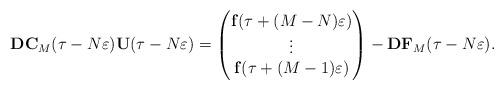
LaTeX: \begin{align*}\mathbf{D}\mathbf{C}_M(\tau-N\varepsilon)\mathbf{U}(\tau-N\varepsilon)=\begin{pmatrix}\mathbf{f}(\tau+(M-N)\varepsilon)\\\vdots\\\mathbf{f}(\tau+(M-1)\varepsilon)\end{pmatrix}-\mathbf{D}\mathbf{F}_M(\tau-N\varepsilon).\end{align*}